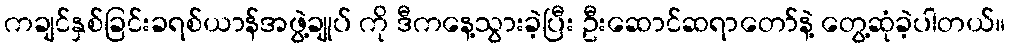
ကချင်နှစ်ခြင်းခရစ်ယာန်အဖွဲ့ချုပ် ကို ဒီကနေ့သွားခဲ့ပြီး ဦးဆောင်ဆရာတော်နဲ့ တွေ့ဆုံခဲ့ပါတယ်။